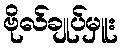
ဗိုလ်ချုပ်မှူး